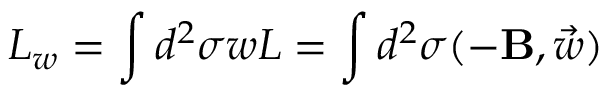
L _ { w } = \int d ^ { 2 } \sigma w L = \int d ^ { 2 } \sigma ( - { \bf { B } } , \vec { w } )